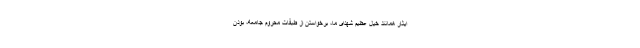
ایثار همانند خیل عظیم شهدای ما، برخواستن از طبقات محروم جامعه، بودن